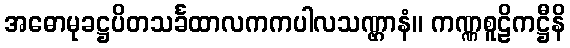
အဓောမုခဋ္ဌပိတသင်္ခထာလကကပါလသဏ္ဌာနံ။ ကဏ္ဏစူဠိကဋ္ဌီနိ